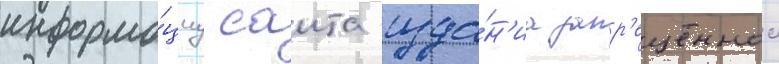
информа́циу саита изда́н'иа запр'ещеннои